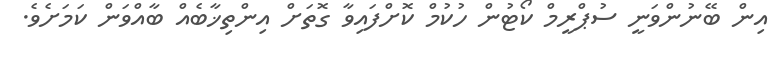
އިން ބޭނުންވަނީ ސުޕްރީމް ކޯޓުން ހުކުމް ކޮށްފައިވާ ގޮތަށް އިންތިޚާބެއް ބާއްވަން ކަމަށެވެ.